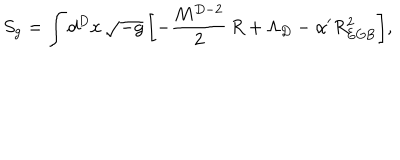
LaTeX: S _ { \mathrm { g } } = \int d ^ { D } x \, \sqrt { - g } \, \biggl [ - \frac { M ^ { D - 2 } } { 2 } \, R + \Lambda _ { D } - \alpha ^ { \prime } R _ { \mathrm { E G B } } ^ { 2 } \biggr ] ,